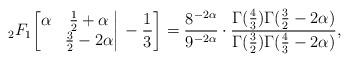
LaTeX: \begin{align*}{}_2F_1\bigg[\begin{matrix}\alpha&\frac12+\alpha\\&\frac32-2\alpha\end{matrix}\bigg|\,-\frac13\bigg]=\frac{8^{-2\alpha}}{9^{-2\alpha}}\cdot\frac{\Gamma(\frac43)\Gamma(\frac32-2\alpha)}{\Gamma(\frac32)\Gamma(\frac43-2\alpha)},\end{align*}